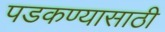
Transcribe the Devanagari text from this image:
पडकण्यासाठी